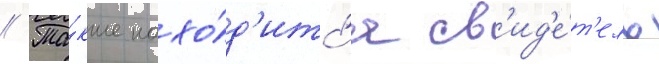
// Та́кже нахо́д'итс'я св'ид'е́т'ель